Vaccination in Burma 1900-1911 - 1900-1911
Year: 1900
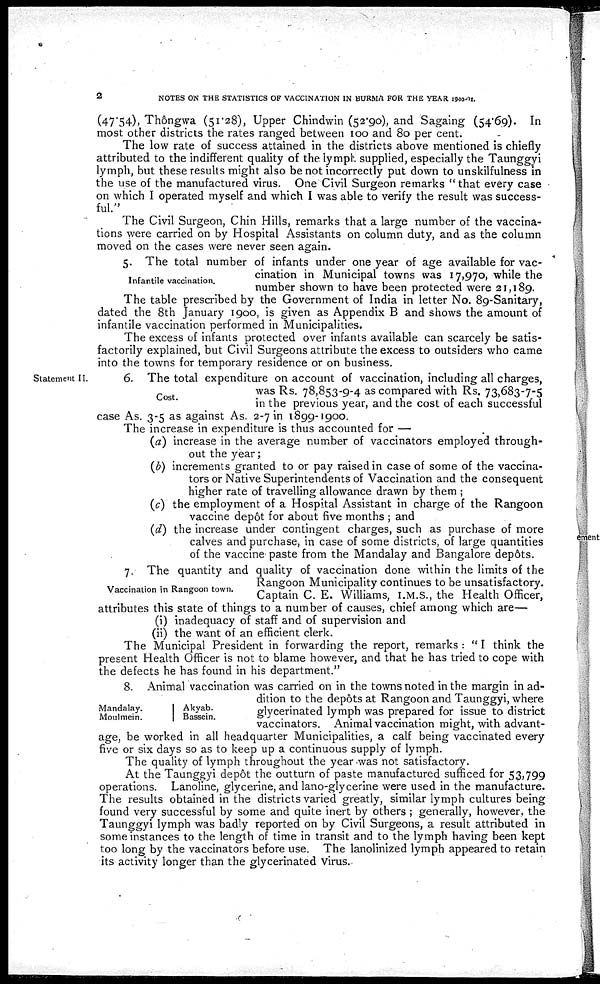
2
NOTES ON THE STATISTICS OF VACCINATION IN BURMA FOR THE YEAR 1900-01.
(47.54), Thôngwa (51.28), Upper Chindwin (52.90), and Sagaing (54.69). In
most other districts the rates ranged between 100 and 80 per cent.
The low rate of success attained in the districts above mentioned is chiefly
attributed to the indifferent quality of the lymph supplied, especially the Taunggyi
lymph, but these results might also be not incorrectly put down to unskilfulness in
the use of the manufactured virus. One Civil Surgeon remarks "that every case
on which I operated myself and which I was able to verify the result was success-
ful."
The Civil Surgeon, Chin Hills, remarks that a large number of the vaccina-
tions were carried on by Hospital Assistants on column duty, and as the column
moved on the cases were never seen again.
Infantile vaccination.
5. The total number of infants under one year of age available for vac-
cination in Municipal towns was 17,970, while the
number shown to have been protected were 21,189.
The table prescribed by the Government of India in letter No. 89-Sanitary,
dated the 8th January 1900, is given as Appendix B and shows the amount of
infantile vaccination performed in Municipalities.
The excess of infants protected over infants available can scarcely be satis-
factorily explained, but Civil Surgeons attribute the excess to outsiders who came
into the towns for temporary residence or on business.
Statement II.
Cost.
6. The total expenditure on account of vaccination, including all charges,
was Rs. 78,853-9-4 as compared with Rs. 73,683-7-5
in the previous year, and the cost of each successful
case As. 3-5 as against As. 2-7 in 1899-1900.
The increase in expenditure is thus accounted for —
(a) increase in the average number of vaccinators employed through-
out the year;
(b) increments granted to or pay raised in case of some of the vaccina-
tors or Native Superintendents of Vaccination and the consequent
higher rate of travelling allowance drawn by them ;
(c) the employment of a Hospital Assistant in charge of the Rangoon
vaccine depôt for about five months ; and
(d) the increase under contingent charges, such as purchase of more
calves and purchase, in case of some districts, of large quantities
of the vaccine paste from the Mandalay and Bangalore depôts.
Vaccination in Rangoon town.
7. The quantity and quality of vaccination done within the limits of the
Rangoon Municipality continues to be unsatisfactory.
Captain C. E. Williams, I.M.S., the Health Officer,
attributes this state of things to a number of causes, chief among which are—
(i) inadequacy of staff and of supervision and
(ii) the want of an efficient clerk.
The Municipal President in forwarding the report, remarks : " I think the
present Health Officer is not to blame however, and that he has tried to cope with
the defects he has found in his department."
Mandalay.
Moulmein.
Akyab.
Bassein.
8. Animal vaccination was carried on in the towns noted in the margin in ad-
dition to the depôts at Rangoon and Taunggyi, where
glycerinated lymph was prepared for issue to district
vaccinators. Animal vaccination might, with advant-
age, be worked in all headquarter Municipalities, a calf being vaccinated every
five or six days so as to keep up a continuous supply of lymph.
The quality of lymph throughout the year was not satisfactory.
At the Taunggyi depôt the outturn of paste manufactured sufficed for 53,799
operations. Lanoline, glycerine, and lano-glycerine were used in the manufacture.
The results obtained in the districts varied greatly, similar lymph cultures being
found very successful by some and quite inert by others ; generally, however, the
Taunggyi lymph was badly reported on by Civil Surgeons, a result attributed in
some instances to the length of time in transit and to the lymph having been kept
too long by the vaccinators before use. The lanolinized lymph appeared to retain
its activity longer than the glycerinated virus.